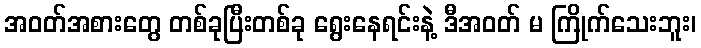
အဝတ်အစားတွေ တစ်ခုပြီးတစ်ခု ရွေးနေရင်းနဲ့ ဒီအဝတ် မ ကြိုက်သေးဘူး၊